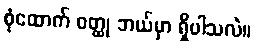
စုံထောက် ဝတ္ထု ဘယ်မှာ ရှိပါသလဲ။